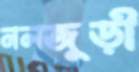
নলজুড়ী